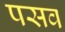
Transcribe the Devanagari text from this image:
पसव